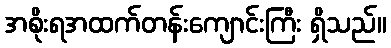
အစိုးရအထက်တန်းကျောင်းကြီး ရှိသည်။